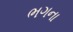
ભગના